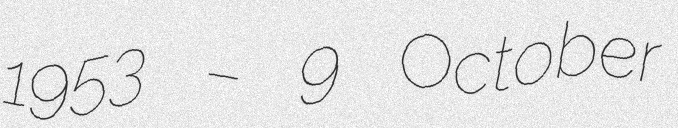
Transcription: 1953 – 9 October